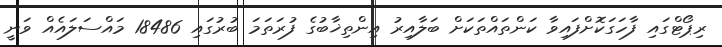
ރިޕޯޓްގައި ފާހަގަކޮށްފައިވާ ކަންތައްތަކަށް ބަލާއިރު އިންތިޚާބުގެ ފުރަތަމަ ބުރުގައި 18486 މައްސަލައެއް ވަނީ